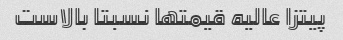
پیتزا عالیه قیمتها نسبتا بالاست